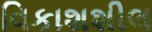
વિકાશશીલ